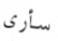
سأرى